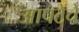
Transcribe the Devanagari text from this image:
आपटेंचे